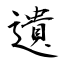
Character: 遺